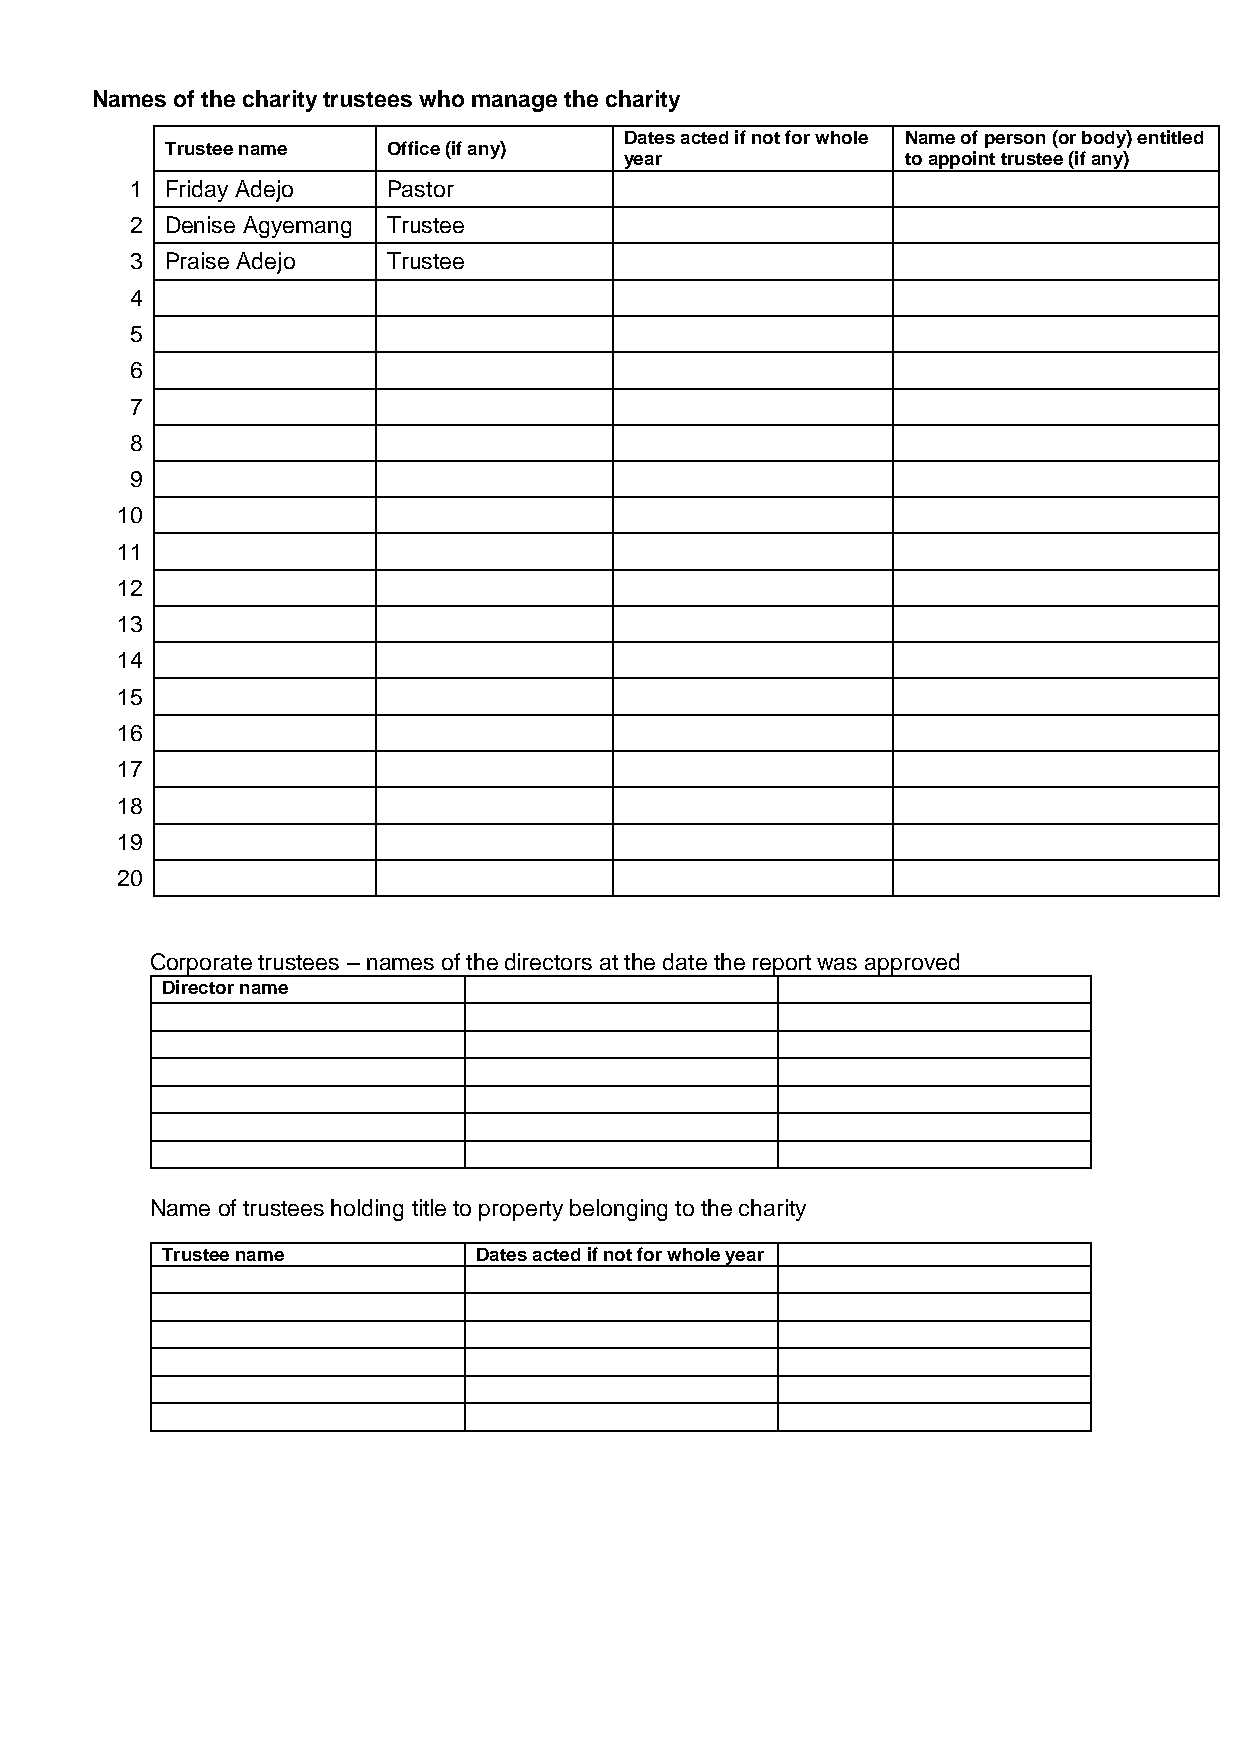
Names of the charity trustees who manage the charity
 Dates acted if not for whole Name of person (or body) entitled
 Trustee name   Office (if any)
 year               to appoint trustee (if any)
 1 Friday Adejo   Pastor
 2 Denise Agyemang Trustee
 3 Praise Adejo   Trustee
 4
 5
 6
 7
 8
 9
 10
 11
 12
 13
 14
 15
 16
 17
 18
 19
 20
 Corporate trustees – names of the directors at the date the report was approved
 Director name
 Name of trustees holding title to property belonging to the charity
 Trustee name        Dates acted if not for whole year